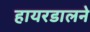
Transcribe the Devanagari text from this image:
हायरडालने